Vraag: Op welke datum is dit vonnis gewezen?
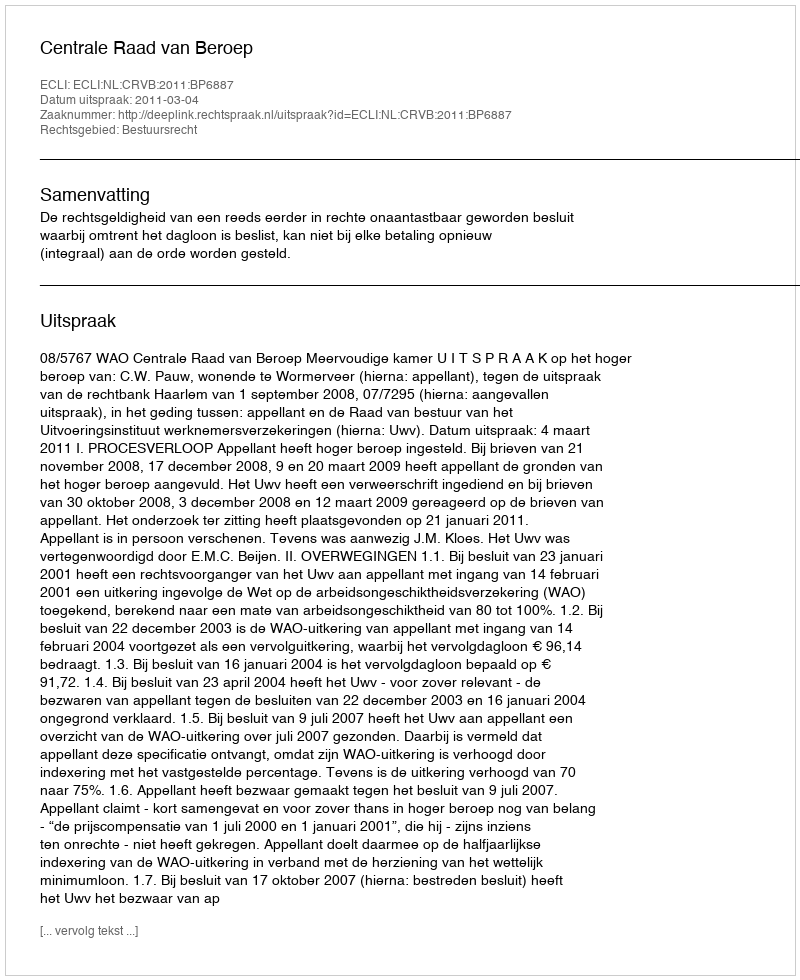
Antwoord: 2011-03-04